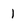
Character: 1